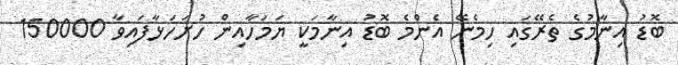
ބޮޑު އިނާމުގެ ތެރޭގައި ހިމެނޭ އެންމެ ބޮޑު އިނާމަކީ ޔަމަހާއިން ހުށަހަޅާފައިވާ 150000